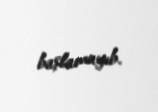
başlamayıb.